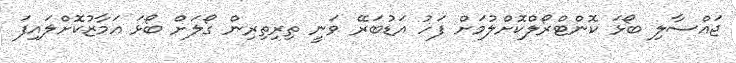
ޖައްސާލި ބޯޅަ ކޮންޓްރޯލްކޮށްލުމަށް ފަހު އަޑުބަރޭ ވަނީ ތިރިތިރިން ގޯލަށް ބޯޅަ އަމާޒުކޮށްލައިފަ